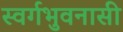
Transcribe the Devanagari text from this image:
स्वर्गभुवनासी